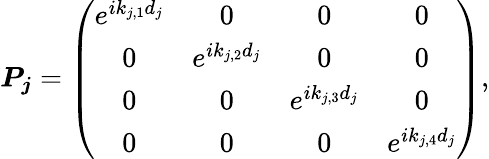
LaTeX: \boldsymbol{P_{j}}=\left(\begin{array}{cccc}{e^{ik_{j,1}d_{j}}}&{0}&{0}&{0}\\ {0}&{e^{ik_{j,2}d_{j}}}&{0}&{0}\\ {0}&{0}&{e^{ik_{j,3}d_{j}}}&{0}\\ {0}&{0}&{0}&{e^{ik_{j,4}d_{j}}}\end{array}\right),